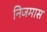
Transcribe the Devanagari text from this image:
निजमास